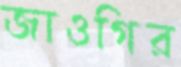
জাওগির